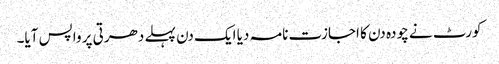
کورٹ نے چودہ دن کا اجازت نامہ دیا ایک دن پہلے دھرتی پر واپس آیا۔